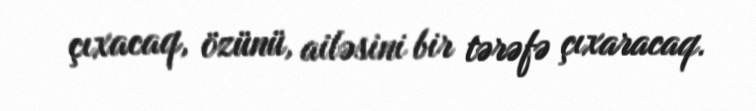
çıxacaq, özünü, ailəsini bir tərəfə çıxaracaq.